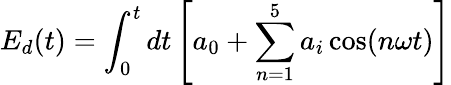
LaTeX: E_{d}(t)=\int_{0}^{t}dt\left[a_{0}+\sum_{n=1}^{5}a_{i}\cos(n\omega t)\right]